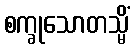
စက္ခုသောတသ္မိံ